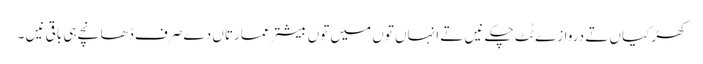
کھڑکیاں تے دروازے ٹُٹ چکے نیں تے انہاں تو‏ں میں تو‏ں بیشتر عمارتاں دے صرف ڈھانچے ہی باقی نیں ۔